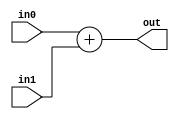
module Adder #(parameter WIDTH = 4)(
    input [WIDTH - 1 : 0] in0, in1,
    output [WIDTH - 1 : 0] out
);

    assign out = in0 + in1;
endmodule